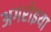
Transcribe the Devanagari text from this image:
अगरोइया